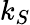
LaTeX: k_{S}